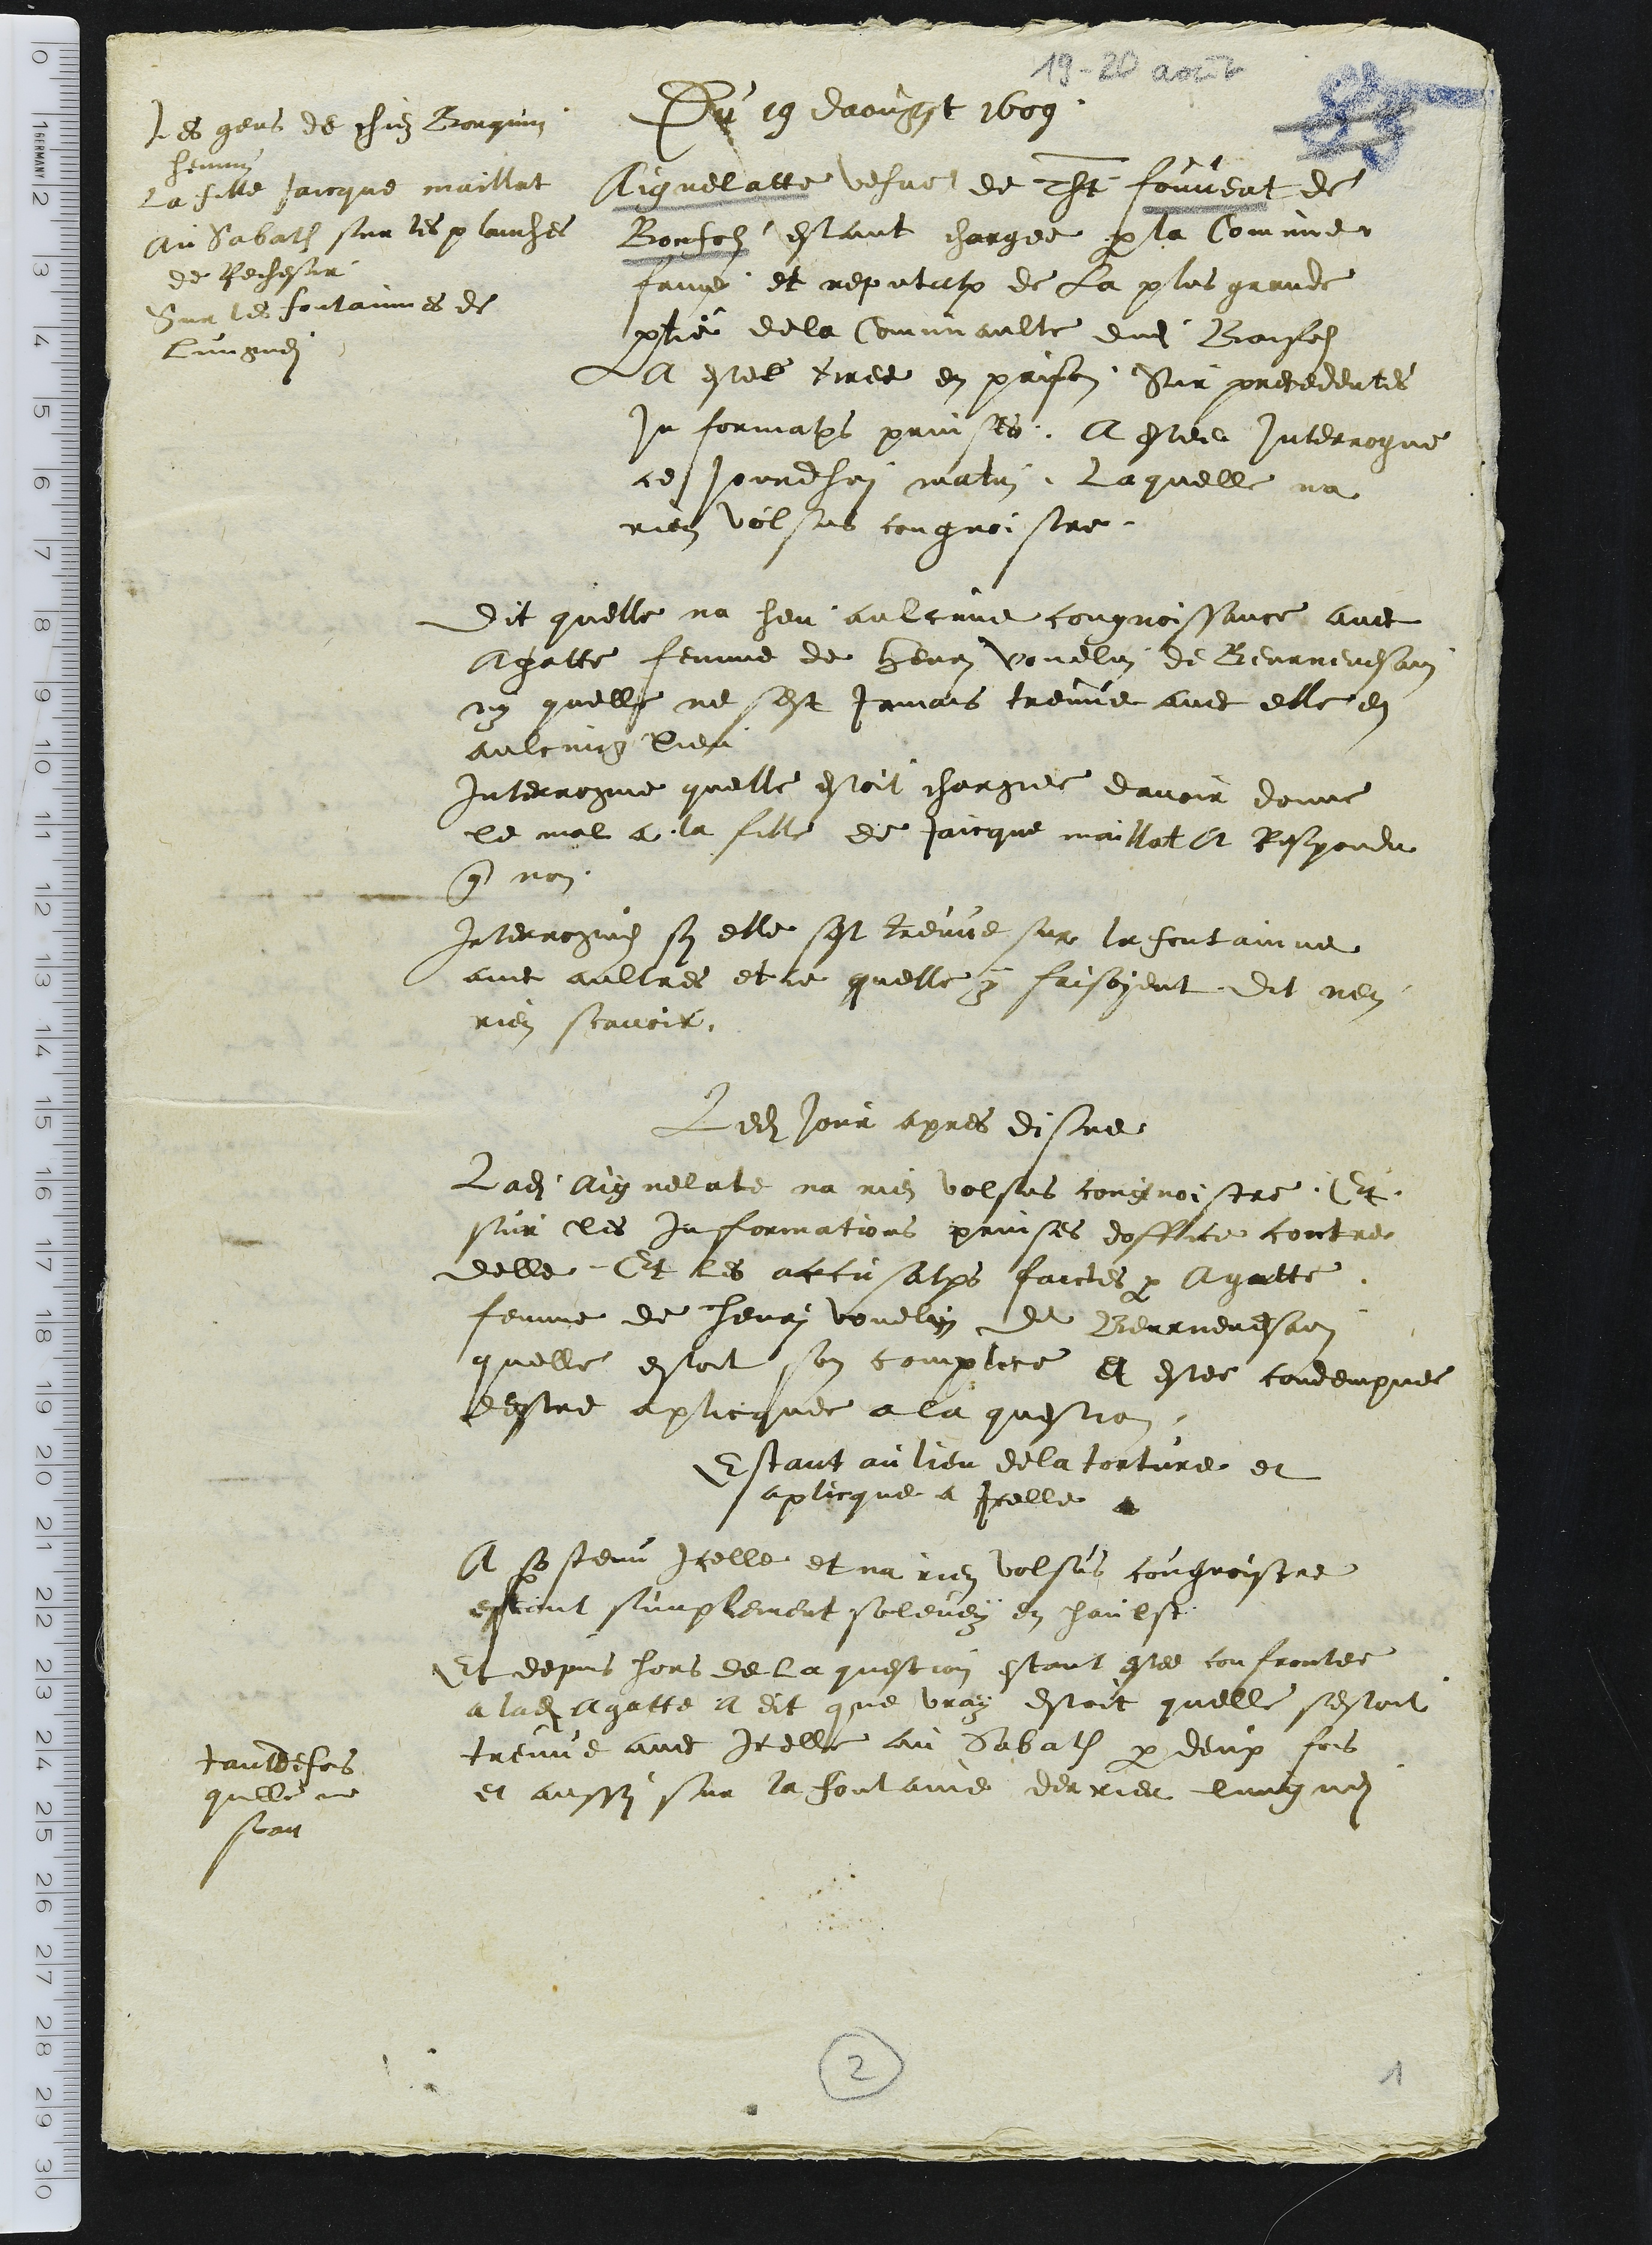
Les gens de chiez Borquin
hennin
La fille Jaicque maillat
au Sabath sur les planches
de Rechesir
Sur les fontainnes de
Lungnei

Du 19 daougst 1609
Aignelatte vefve de Thiebaut Fouvent de
Bontolz estant chargee par la Comune
fame et reputation de La plus grande
partie dela Comunaulte dudit Bonfols
A estee tiree en prison Sur precedentes
Informations prinses. A estee interrogue
ce jourdhui matin. Laquelle na
rien volsus congnoistre.

Dit quelle na heu aulcune cougnoissance avec
Agatte femme de henri vouelin de Beurnevesain
ny quelle ne sest jamais treuve avec elle en
aulcung lieu
interrogue quelle estoit chargee davoir donne
le mal a la fille de Jaicque maillat a Respondu
que non
Interrogne sy elle sest treuve sur la fontainne
avec aultres et ce quelle y faisoyent Dit nen
rien scavoir
Ledit jour apres disne
Ladite Aignelate na rien volsus congnoistre. Et
sur les informations prinses doffice contre
delle Et les accusations faictes par Agatte
femme de henri vouelin de Berrnevesain
quelle estoit son complece et estee condempnee
destre aplicquee a la question
Estant au lieu de la torture et
aplicque a Icelle
A sostenu Icelle et na rien volsus cougroistre
estant simplement solevey en haulst
Et depuis hors de la question estant estee confrontee
a ladite Agatte a dit que vray estoit quelle sestoit
treuve avec Icelle au Sabath par deux fois
et aussi sur la fontaine derrier lungnei

tantdefois
quelle ne
scait